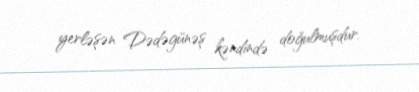
yerləşən Dədəgünəş kəndində doğulmuşdur.